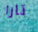
تارا